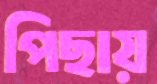
পিছায়